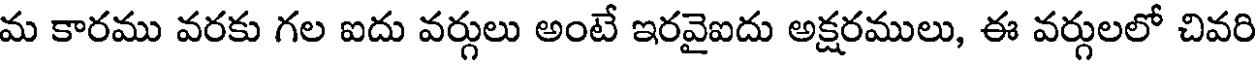
మ కారము వరకు గల ఐదు వర్గులు అంటే ఇరవైఐదు అక్షరములు, ఈ వర్గులలో చివరి